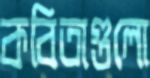
কবিতাগুলো